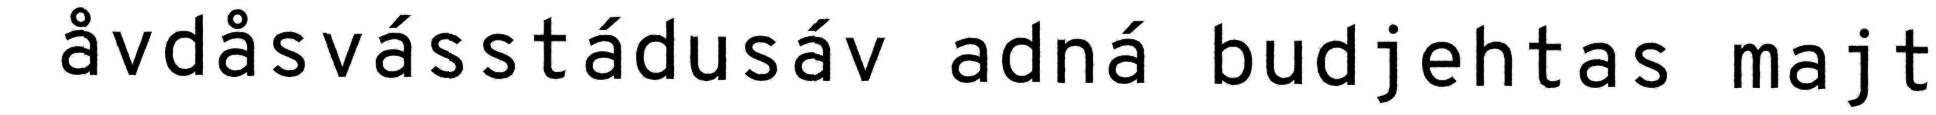
åvdåsvásstádusáv adná budjehtas majt